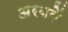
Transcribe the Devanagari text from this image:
अरबवें